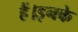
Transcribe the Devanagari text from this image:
हैं।इनके